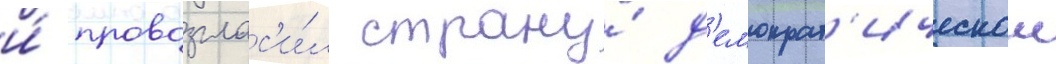
и́ провозглас'и́л страну́ д'емократ'ическои